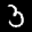
Label: 3